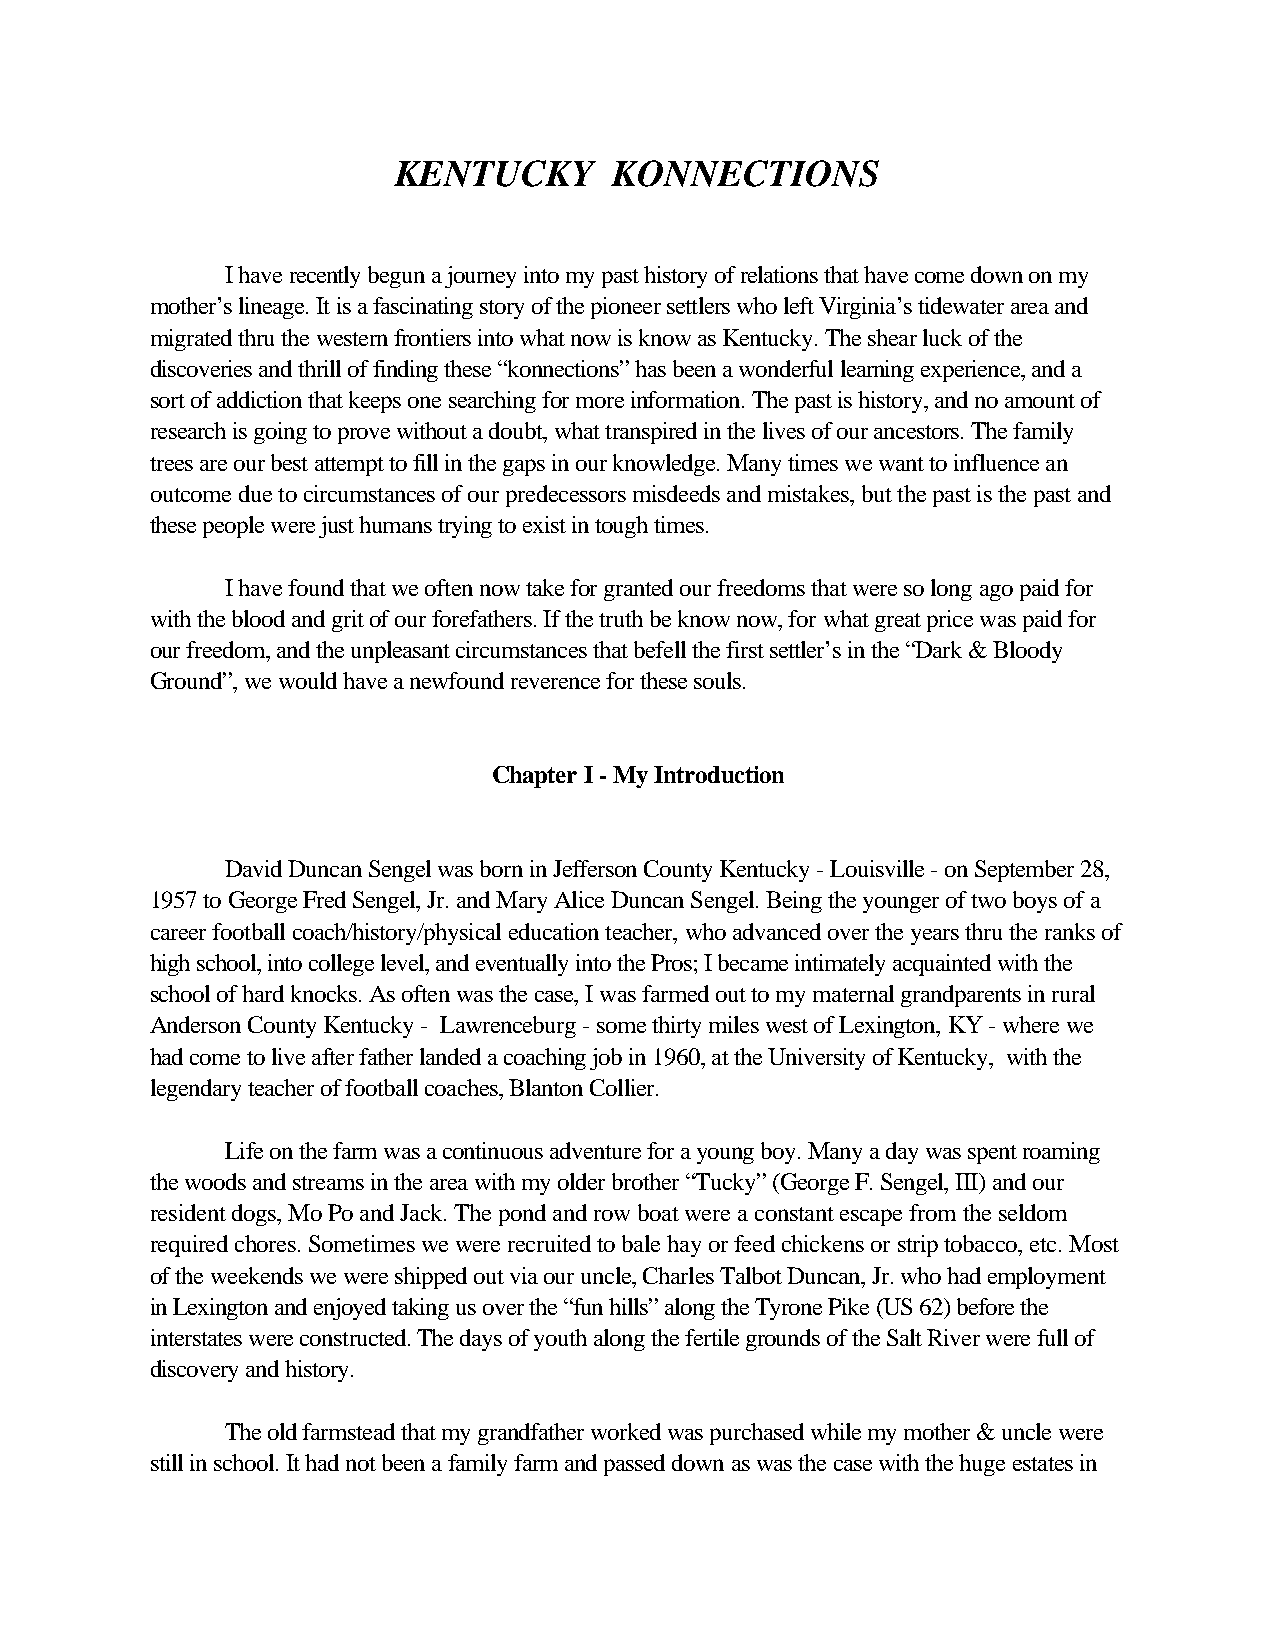
KENTUCKY       KONNECTIONS
 I have recently begun a journey into my past history of relations that have come down on my
 mother’s lineage. It is a fascinating story of the pioneer settlers who left Virginia’s tidewater area and
 migrated thru the western frontiers into what now is know as Kentucky. The shear luck of the
 discoveries and thrill of finding these “konnections” has been a wonderful learning experience, and a
 sort of addiction that keeps one searching for more information. The past is history, and no amount of
 research is going to prove without a doubt, what transpired in the lives of our ancestors. The family
 trees are our best attempt to fill in the gaps in our knowledge. Many times we want to influence an
 outcome due to circumstances of our predecessors misdeeds and mistakes, but the past is the past and
 these people were just humans trying to exist in tough times.
 I have found that we often now take for granted our freedoms that were so long ago paid for
 with the blood and grit of our forefathers. If the truth be know now, for what great price was paid for
 our freedom, and the unpleasant circumstances that befell the first settler’s in the “Dark & Bloody
 Ground”, we would have a newfound reverence for these souls.
 Chapter I - My Introduction
 David Duncan Sengel was born in Jefferson County Kentucky - Louisville - on September 28,
 1957 to George Fred Sengel, Jr. and Mary Alice Duncan Sengel. Being the younger of two boys of a
 career football coach/history/physical education teacher, who advanced over the years thru the ranks of
 high school, into college level, and eventually into the Pros; I became intimately acquainted with the
 school of hard knocks. As often was the case, I was farmed out to my maternal grandparents in rural
 Anderson County Kentucky - Lawrenceburg - some thirty miles west of Lexington, KY - where we
 had come to live after father landed a coaching job in 1960, at the University of Kentucky, with the
 legendary teacher of football coaches, Blanton Collier.
 Life on the farm was a continuous adventure for a young boy. Many a day was spent roaming
 the woods and streams in the area with my older brother “Tucky” (George F. Sengel, III) and our
 resident dogs, Mo Po and Jack. The pond and row boat were a constant escape from the seldom
 required chores. Sometimes we were recruited to bale hay or feed chickens or strip tobacco, etc. Most
 of the weekends we were shipped out via our uncle, Charles Talbot Duncan, Jr. who had employment
 in Lexington and enjoyed taking us over the “fun hills” along the Tyrone Pike (US 62) before the
 interstates were constructed. The days of youth along the fertile grounds of the Salt River were full of
 discovery and history.
 The old farmstead that my grandfather worked was purchased while my mother & uncle were
 still in school. It had not been a family farm and passed down as was the case with the huge estates in